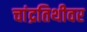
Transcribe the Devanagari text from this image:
चांद्रतिथीवर